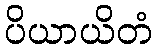
ပိယာယိတံ